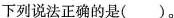
下列说法正确的是( )。